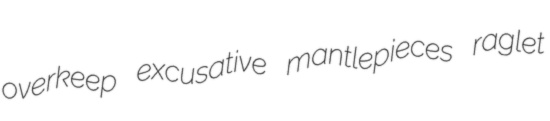
overkeep excusative mantlepieces raglet